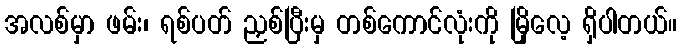
အလစ်မှာ ဖမ်း၊ ရစ်ပတ် ညှစ်ပြီးမှ တစ်ကောင်လုံးကို မြိုလေ့ ရှိပါတယ်။